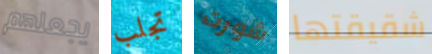
يجعلهم تجلب شورت شقيقتها